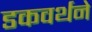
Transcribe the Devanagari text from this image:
डकवर्थने